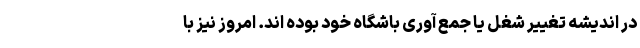
در اندیشه تغییر شغل یا جمع آوری باشگاه خود بوده اند. امروز نیز با